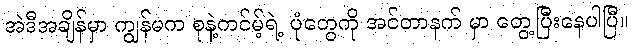
အဲဒီအချိန်မှာ ကျွန်မက စုနဲ့ကင်မ့်ရဲ့ ပုံတွေကို အင်တာနက် မှာ တွေ့ပြီးနေပါပြီ။